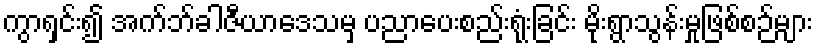
ကွာရှင်း၍ အက်ဘ်ခါဇီယာဒေသမှ ပညာပေးစည်းရုံးခြင်း မိုးရွာသွန်းမှုဖြစ်စဉ်များ